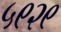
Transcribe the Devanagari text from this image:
५९२९